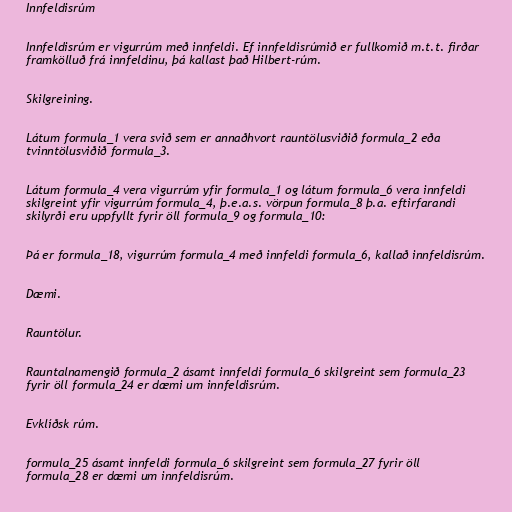
Innfeldisrúm

Innfeldisrúm er vigurrúm með innfeldi. Ef innfeldisrúmið er fullkomið m.t.t. firðar
framkölluð frá innfeldinu, þá kallast það Hilbert-rúm.

Skilgreining.

Látum formula_1 vera svið sem er annaðhvort rauntölusviðið formula_2 eða
tvinntölusviðið formula_3.

Látum formula_4 vera vigurrúm yfir formula_1 og látum formula_6 vera innfeldi
skilgreint yfir vigurrúm formula_4, þ.e.a.s. vörpun formula_8 þ.a. eftirfarandi
skilyrði eru uppfyllt fyrir öll formula_9 og formula_10:

Þá er formula_18, vigurrúm formula_4 með innfeldi formula_6, kallað innfeldisrúm.

Dæmi.

Rauntölur.

Rauntalnamengið formula_2 ásamt innfeldi formula_6 skilgreint sem formula_23
fyrir öll formula_24 er dæmi um innfeldisrúm.

Evklíðsk rúm.

formula_25 ásamt innfeldi formula_6 skilgreint sem formula_27 fyrir öll
formula_28 er dæmi um innfeldisrúm.